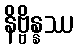
နိဗ္ဗိန္နဿ